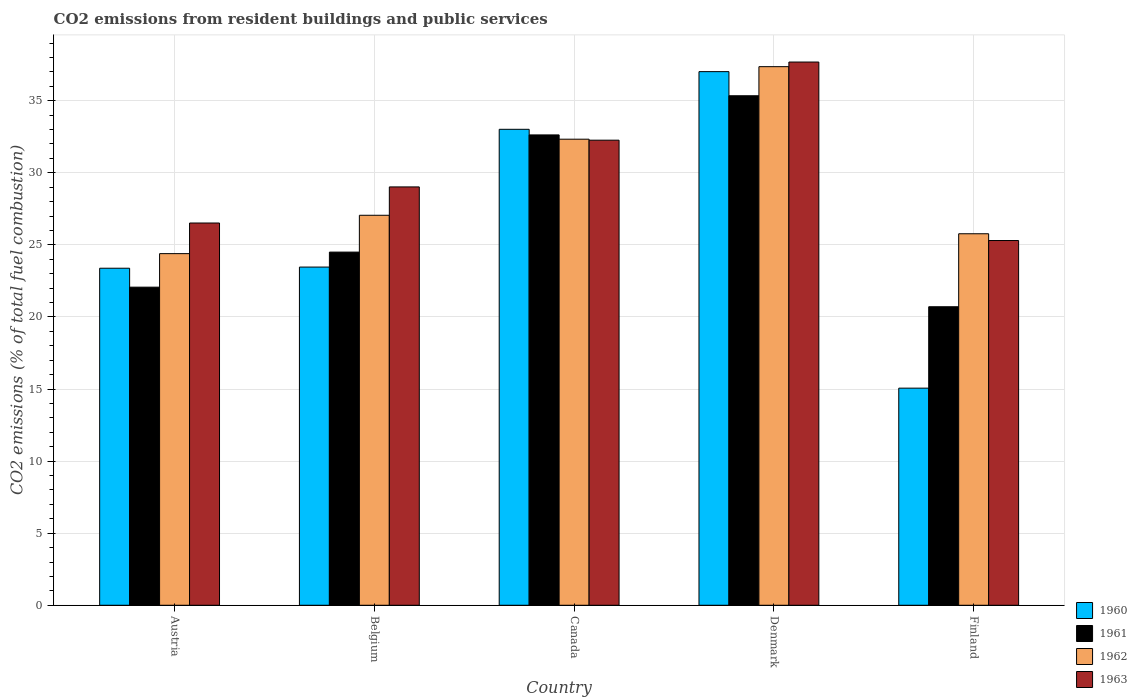
| Country | 1960 | 1961 | 1962 | 1963 |
 | --- | --- | --- | --- | --- |
 | Austria | 23.4 | 22.1 | 24.4 | 26.5 |
 | Belgium | 23.5 | 24.5 | 27.1 | 29 |
 | Canada | 33 | 32.6 | 32.3 | 32.3 |
 | Denmark | 37 | 35.3 | 37.4 | 37.7 |
 | Finland | 15.1 | 20.7 | 25.8 | 25.3 |